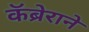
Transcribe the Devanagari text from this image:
कॅब्रेराने